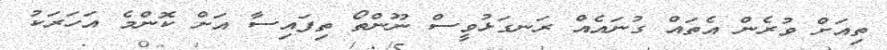
ތިއަށް ވުރެން އެތައް ގުނައެއް ރަނގަޅުވީސް ނޫންތޯ ތިފައިސާ އަށް ކޮންމެ އަހަރަކު